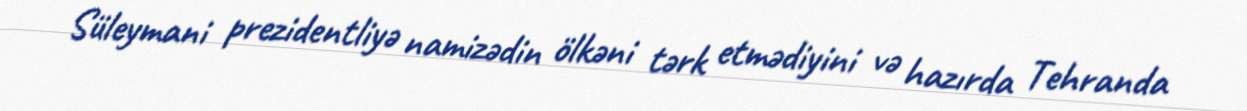
Süleymani prezidentliyə namizədin ölkəni tərk etmədiyini və hazırda Tehranda